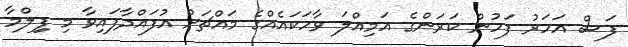
ފަސް އަހަރު ފަހުން ކަރަންގެ އަމިއްލަ ވާހަކައެއްގެ މައްޗަށް އުފައްދާފައިވާ މި ފިިލްމާ